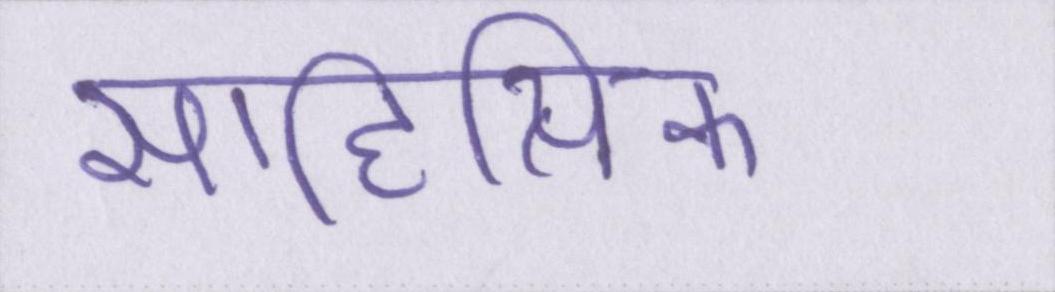
साहित्यिक